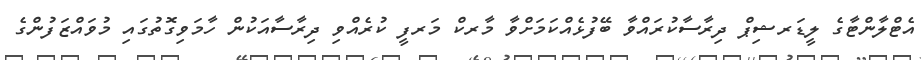
އެޓްލާންޓާގެ ލީޑަރޝިޕް ދިރާސާކުރައްވާ ބޭފުޅެއްކަމަށްވާ މާރކް މަރފީ ކުރެއްވި ދިރާސާއަކުން ހާމަވިގޮތުގައި މުވައްޒަފުންގެ